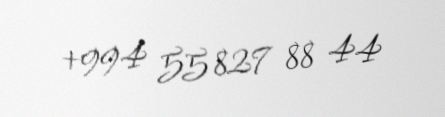
+994 55 827 88 44